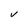
Character: V